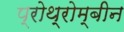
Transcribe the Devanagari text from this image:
प्रोथ्रोम्बीन